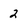
Character: 2